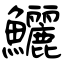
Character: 鱺